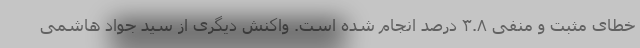
خطای مثبت و منفی ۳.۸ درصد انجام شده است. واکنش دیگری از سید جواد هاشمی